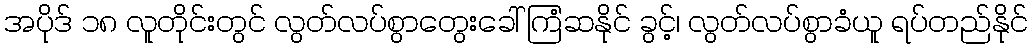
အပိုဒ် ၁၈ လူတိုင်းတွင် လွတ်လပ်စွာတွေးခေါ် ကြံဆနိုင် ခွင့်၊ လွတ်လပ်စွာခံယူ ရပ်တည်နိုင်